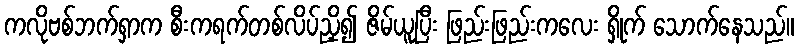
ကလိုဗစ်ဘက်ရှာက စီးကရက်တစ်လိပ်ညှိ၍ ဇိမ်ယူပြီး ဖြည်းဖြည်းကလေး ရှိုက် သောက်နေသည်။